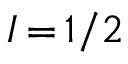
I \, { = } \, 1 / 2